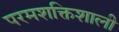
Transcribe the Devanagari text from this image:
परमशक्तिशाली